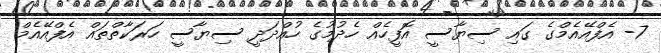
7- އެފްއޭއެމްގެ ގައި ސިޔާސީ އޮފީހެއް ހެދުމުގެ ހުއްދަދީ ސިޔާސީ ހަރަކާތްތައް އެފްއޭއެމް